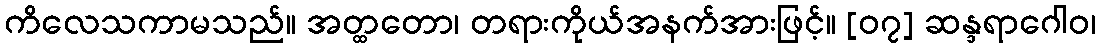
ကိလေသကာမသည်။ အတ္ထတော၊ တရားကိုယ်အနက်အားဖြင့်။ [၀၇] ဆန္ဒရာဂေါဝ၊